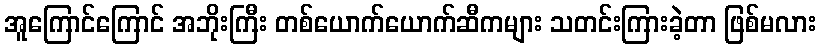
အူကြောင်ကြောင် အဘိုးကြီး တစ်ယောက်ယောက်ဆီကများ သတင်းကြားခဲ့တာ ဖြစ်မလား